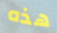
هذه